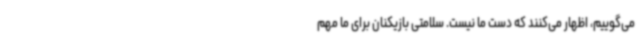
می‌گوییم، اظهار می‌کنند که دست ما نیست. سلامتی بازیکنان برای ما مهم